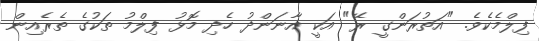
ފިލްމެކެވެ. "އަތުރަންގީ ރޭ" އަކީ އާނަންދު ހެދި މޮޅު ފިލްމު ތަކުގެ ތެރެއިން